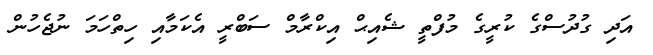
އަދި ގުދުސްގެ ކުރީގެ މުފްތީ ޝެއިޙް އިކްރާމް ސަބްރީ އެކަމާއި ހިތްހަމަ ނުޖެހުން